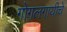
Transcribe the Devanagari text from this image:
गोगलगायीचे